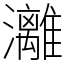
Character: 灕